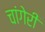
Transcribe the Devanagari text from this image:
चांगेरी